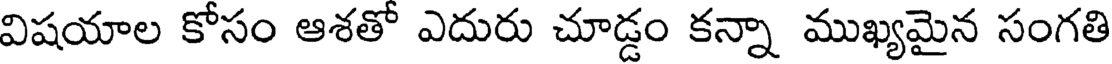
విషయాల కోసం ఆశతో ఎదురు చూడ్డం కన్నా ముఖ్యమైన సంగతి